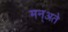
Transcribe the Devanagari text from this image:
मन्अते